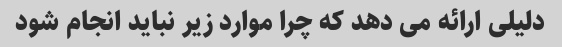
دلیلی ارائه می دهد که چرا موارد زیر نباید انجام شود